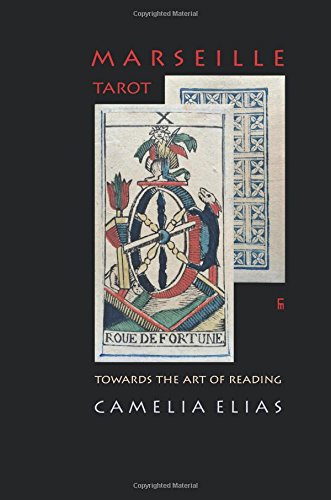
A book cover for MARSEILLE TAROT: TOWARDS THE ART OF READING; Camelia Elias; Humor & Entertainment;